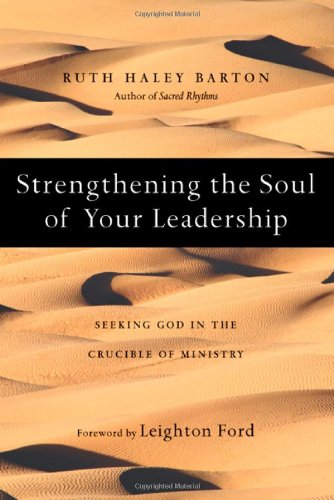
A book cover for Strengthening the Soul of Your Leadership: Seeking God in the Crucible of Ministry; Ruth Haley Barton; Christian Books & Bibles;